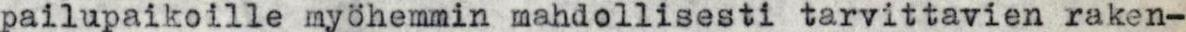
pailupaikoille myöhemmin mahdollisesti tarvittavien raken-